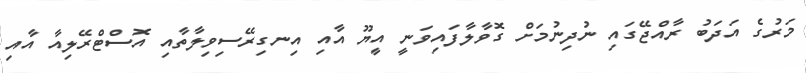
މަރުގެ އަދަބު ރާއްޖޭގައި ނުދިނުމަށް ގޮވާލާފައިވަނީ އީޔޫ އާއި އިނގިރޭސިވިލާތާއި އޮސްޓްރޭލިއާ އާއި